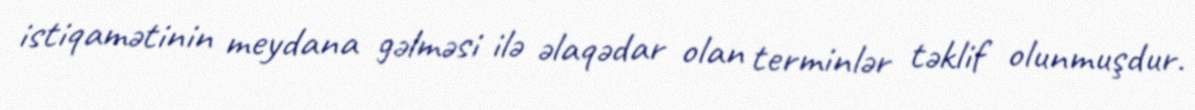
istiqamətinin meydana gəlməsi ilə əlaqədar olan terminlər təklif olunmuşdur.